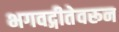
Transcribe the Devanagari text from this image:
भगवद्गीतेवरून